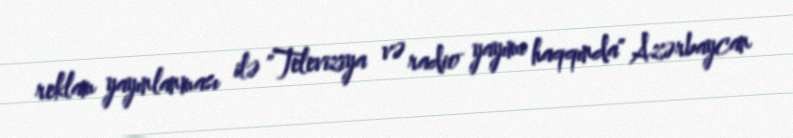
reklam yayınlanması ilə "Televiziya və radio yayımı haqqında" Azərbaycan